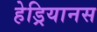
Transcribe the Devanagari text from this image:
हेड्रियानस